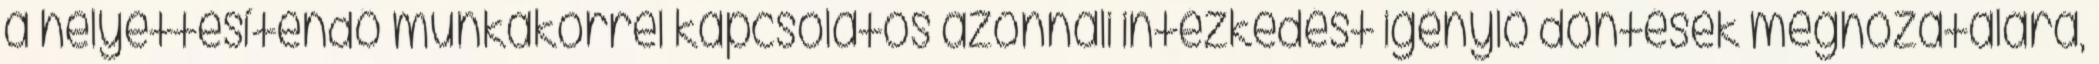
a helyettesítendő munkakörrel kapcsolatos azonnali intézkedést igénylő döntések meghozatalára,